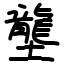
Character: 壟